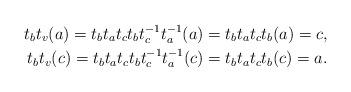
LaTeX: \begin{align*}t_{b} t_{v}(a) = t_{b} t_{a}t_{c}t_{b}t_{c}^{-1}t_{a}^{-1} (a) = t_{b} t_{a}t_{c}t_{b} (a) = c, \\t_{b} t_{v}(c) = t_{b} t_{a}t_{c}t_{b}t_{c}^{-1}t_{a}^{-1} (c) = t_{b} t_{a}t_{c}t_{b} (c) = a.\end{align*}